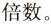
倍数。